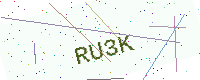
Text: RU3K